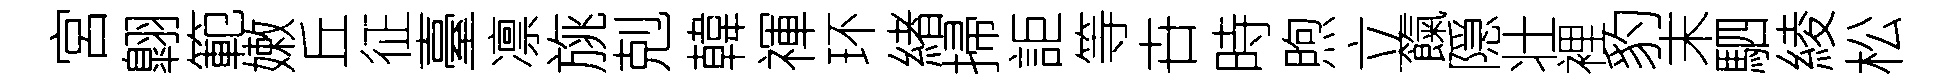
宮翺範嫩丘征臺凛旐剋韓禈环緖掃詎等卋時煦立餼隠壮裡豹末駟綾松